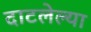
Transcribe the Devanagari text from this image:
दाटलेल्या